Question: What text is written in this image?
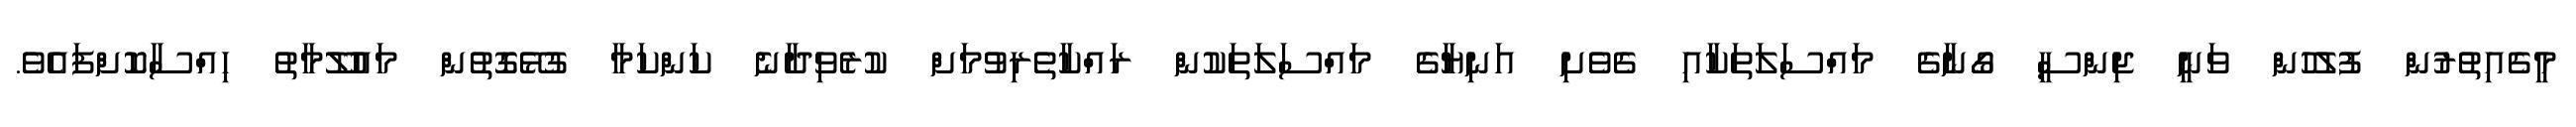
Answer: މީގެއިތުރުން ފުލުހުން ވަނީ ޖިންސީ ގޯނާގެ މައްސަލަތަކާއި ގެވެށި އަނިޔާގެ މައްސަލަތަކުން ރައްކާތެރިވުމަށް ކުރެވިދާނެ ކަންކަމާ ގުޅޭގޮތުން މައުލޫމާތު ހިއްސާކޮށްފައެވެ.